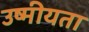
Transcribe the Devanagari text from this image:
उष्मीयता